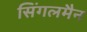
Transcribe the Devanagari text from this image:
सिंगलमैन